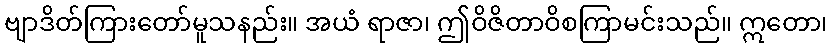
ဗျာဒိတ်ကြားတော်မူသနည်း။ အယံ ရာဇာ၊ ဤဝိဇိတာဝိစကြာမင်းသည်။ ဣတော၊